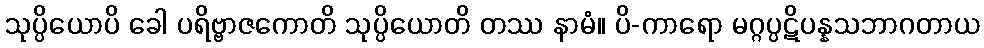
သုပ္ပိယောပိ ခေါ ပရိဗ္ဗာဇကောတိ သုပ္ပိယောတိ တဿ နာမံ။ ပိ-ကာရော မဂ္ဂပ္ပဋိပန္နသဘာဂတာယ